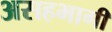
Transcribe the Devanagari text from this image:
असहभागी